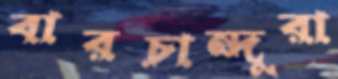
বারচান্দুরা